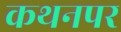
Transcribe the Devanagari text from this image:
कथनपर